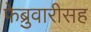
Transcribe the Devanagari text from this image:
फेब्रुवारीसह